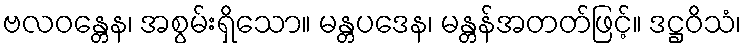
ဗလဝန္တေန၊ အစွမ်းရှိသော။ မန္တပဒေန၊ မန္တန်အတတ်ဖြင့်။ ဒဋ္ဌဝိသံ၊